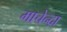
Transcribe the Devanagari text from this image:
माचेन्द्रा